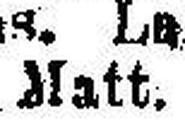
blatt.